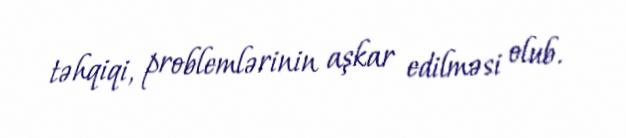
təhqiqi, problemlərinin aşkar edilməsi olub.